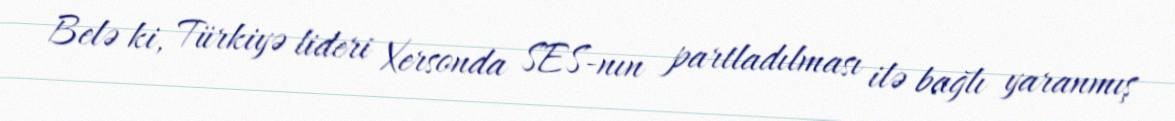
Belə ki, Türkiyə lideri Xersonda SES-nın partladılması ilə bağlı yaranmış